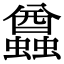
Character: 蠤